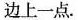
边上一点。